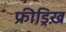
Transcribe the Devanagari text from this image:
फ्रीड्रिख़